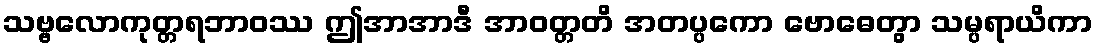
သဗ္ဗလောကုတ္တရဘာဝဿ ဤအာအာဒီ အာဝတ္တတိ အတပ္ပကော ဗောဓေတွာ သမ္ပရာယိကာ